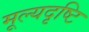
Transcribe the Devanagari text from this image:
मूल्यदृष्टि